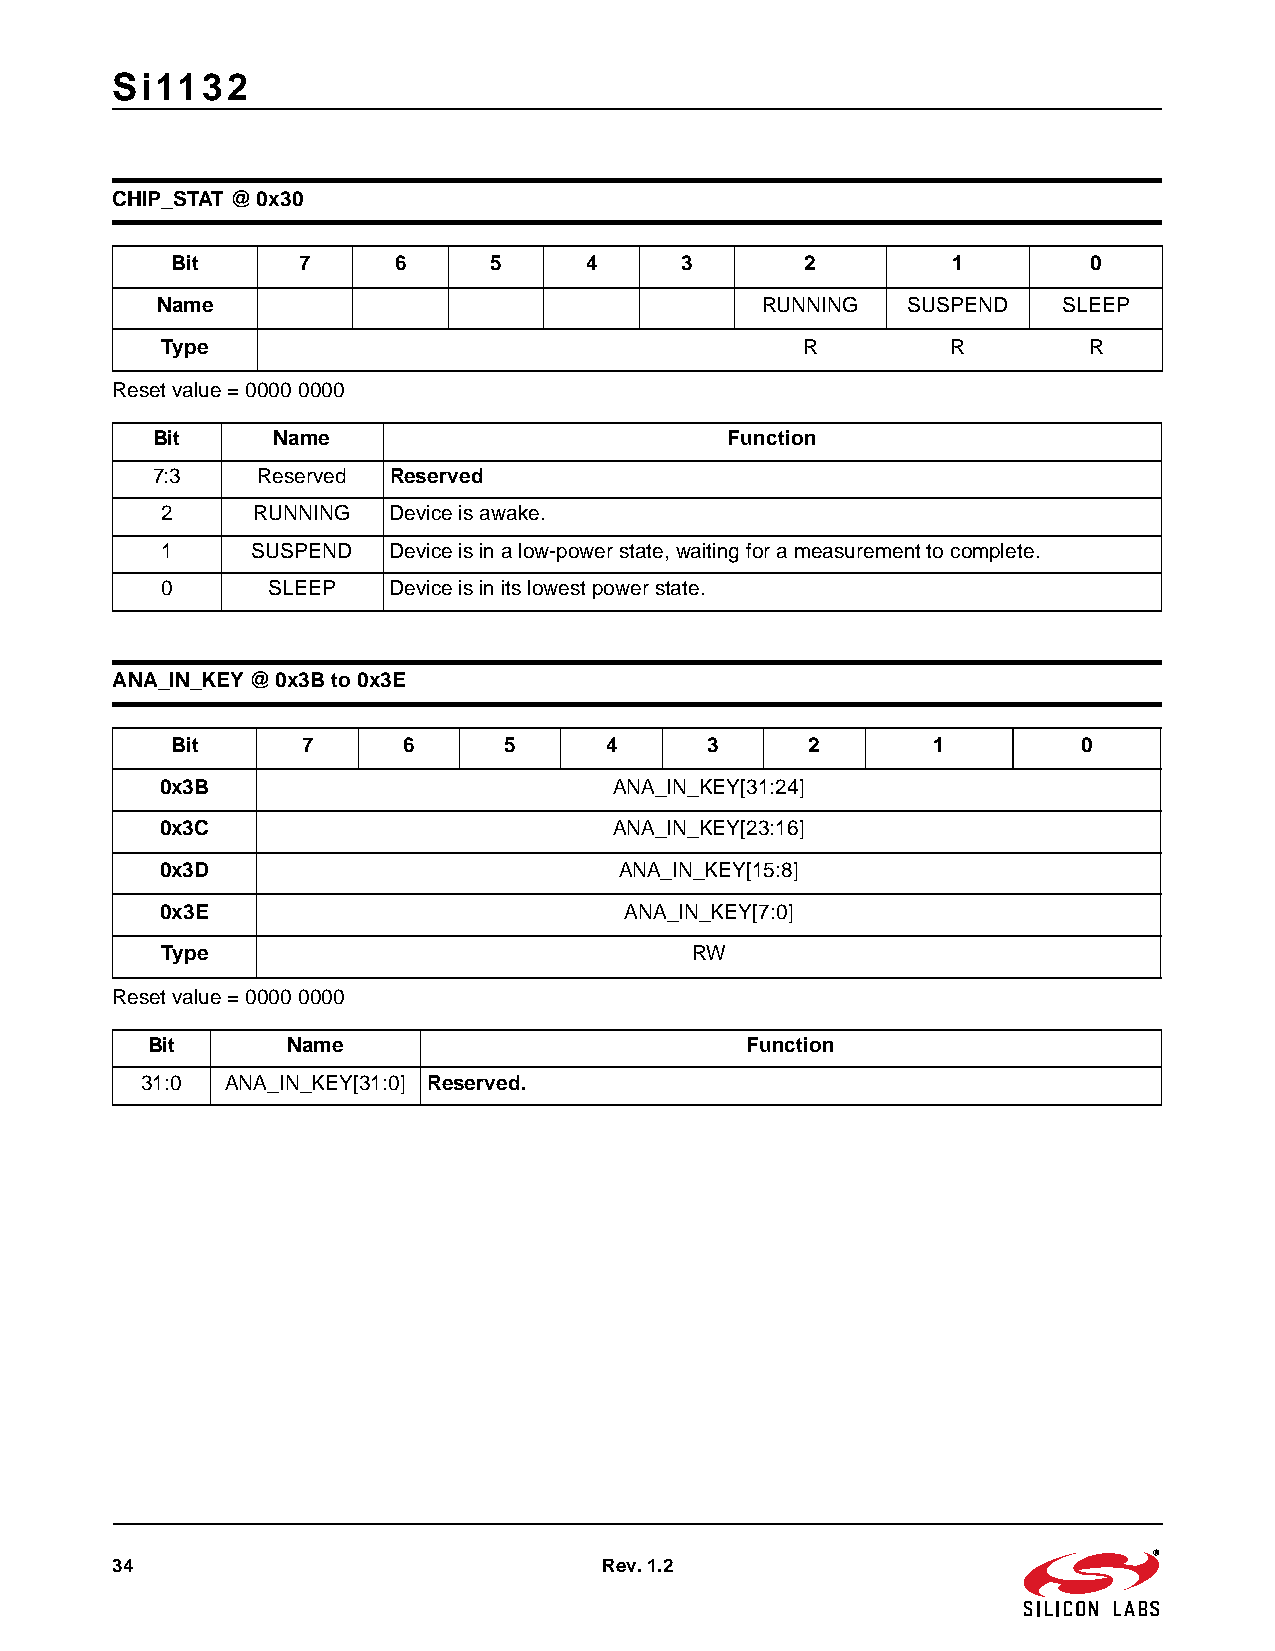
Si1132
 CHIP_STAT @ 0x30
 Bit      7     6     5      4     3       2         1        0
 Name                                    RUNNING   SUSPEND   SLEEP
 Type                                      R         R        R
 Reset value=0000 0000
 Bit     Name                          Function
 7:3    Reserved Reserved
 2     RUNNING  Device is awake.
 1     SUSPEND  Device is in a low-power state, waiting for a measurement to complete.
 0      SLEEP   Device is in its lowest power state.
 ANA_IN_KEY @ 0x3B to 0x3E
 Bit      7      6     5      4      3      2       1         0
 0x3B                          ANA_IN_KEY[31:24]
 0x3C                          ANA_IN_KEY[23:16]
 0x3D                          ANA_IN_KEY[15:8]
 0x3E                          ANA_IN_KEY[7:0]
 Type                               RW
 Reset value=0000 0000
 Bit      Name                          Function
 31:0  ANA_IN_KEY[31:0] Reserved.
 34                               Rev. 1.2